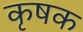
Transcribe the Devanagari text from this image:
कृषक